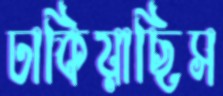
ঢাকিয়াছিস